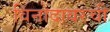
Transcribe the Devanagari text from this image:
विनोदावरची